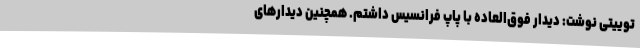
توییتی نوشت: دیدار فوق‌العاده با پاپ فرانسیس داشتم. همچنین دیدارهای